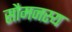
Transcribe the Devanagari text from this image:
सौमनस्य